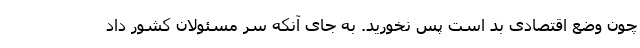
چون وضع اقتصادی بد است پس نخورید. به جای آنکه سر مسئولان کشور داد